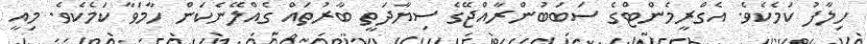
ހިލާފު ކަމެކެވެ. އެގްރީމެންޓްގެ ސަބަބުންރާއްޖޭގެ ސިޔާދަތީ ބާރުތައް ގެއްލޭނެކަން ހާމަވާ ކަމެކެވެ. މިއީ